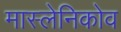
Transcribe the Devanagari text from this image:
मास्लेनिकोव